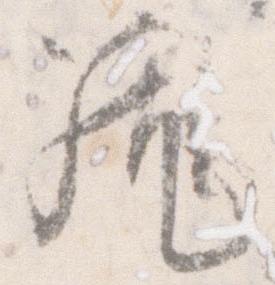
籠